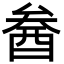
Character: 𨠒